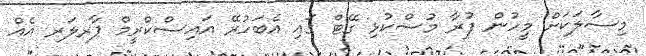
މިސާލަކަށް މީހުން ފުރާ މުސްކުޅި ގޭޓް ގައި އެބަހުރޭ އައިސްކްރީމް ޕާރލަރ އެއް